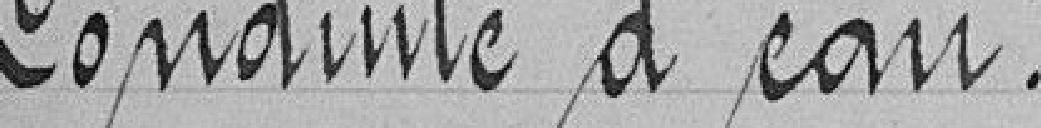
Conduite d'eau.